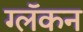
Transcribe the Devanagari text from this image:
ग्लॅकन